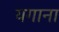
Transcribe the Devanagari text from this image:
यगाना